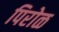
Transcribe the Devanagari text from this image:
पिरोळ